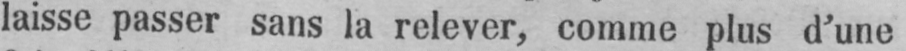
laisse passer sans la relever, comme plus d’une